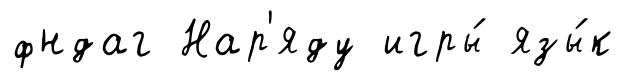
фндаг Нар'яду игры́ язы́к